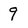
Character: 9